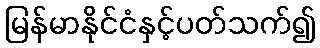
မြန်မာနိုင်ငံနှင့်ပတ်သက်၍